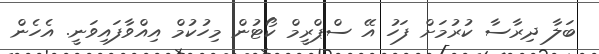
ބަލާ ދިރާސާ ކުރުުމަށް ފަހު އޭ ސްޕްރީމް ކޯޓުން މިހުކުމް އިއްވާފައިވަނީ. އެހެން